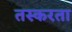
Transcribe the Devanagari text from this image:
तस्करता